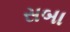
સબા